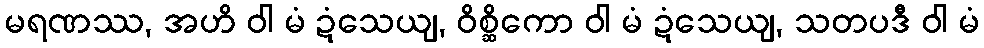
မရဏဿ, အဟိ ဝါ မံ ဍံသေယျ, ဝိစ္ဆိကော ဝါ မံ ဍံသေယျ, သတပဒီ ဝါ မံ